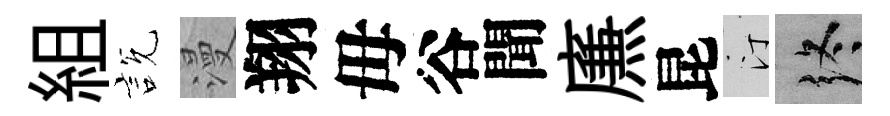
組説漫翔毋谷聞㢘昆汀终